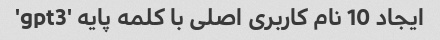
ایجاد 10 نام کاربری اصلی با کلمه پایه 'gpt3'